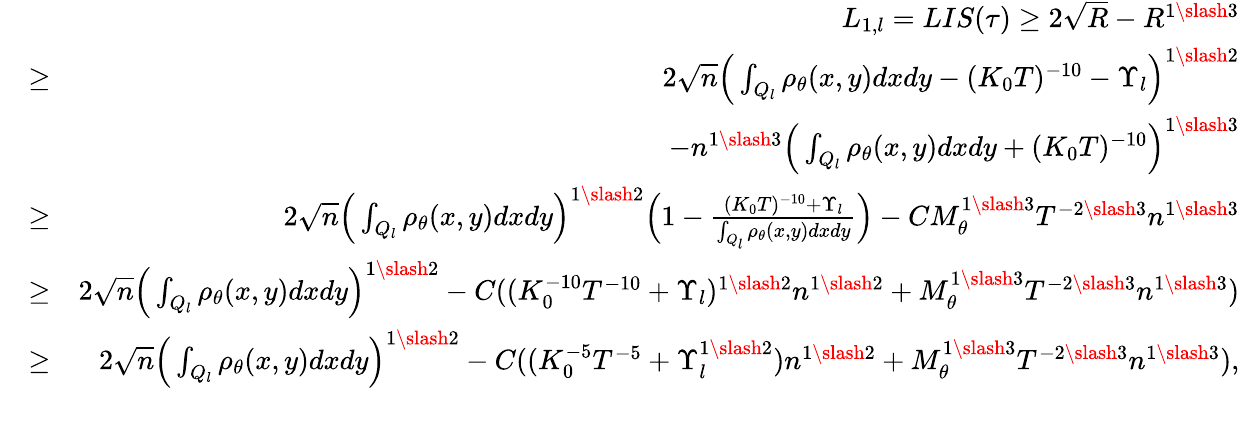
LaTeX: \begin{array}{rlr}&{}&{L_{1,l}=LIS(\tau)\geq 2\sqrt{R}-R^{1\slash 3}}\\ &{\geq}&{2\sqrt{n}\Big(\int_{Q_{l}}\rho_{\theta}(x,y)dxdy-(K_{0}T)^{-10}-\Upsilon_{l}\Big)^{1\slash 2}}\\ &{}&{-n^{1\slash 3}\Big(\int_{Q_{l}}\rho_{\theta}(x,y)dxdy+(K_{0}T)^{-10}\Big)^{1\slash 3}}\\ &{\geq}&{2\sqrt{n}\Big(\int_{Q_{l}}\rho_{\theta}(x,y)dxdy\Big)^{1\slash 2}\Big(1-\frac{(K_{0}T)^{-10}+\Upsilon_{l}}{\int_{Q_{l}}\rho_{\theta}(x,y)dxdy}\Big)-CM_{\theta}^{1\slash 3}T^{-2\slash 3}n^{1\slash 3}}\\ &{\geq}&{2\sqrt{n}\Big(\int_{Q_{l}}\rho_{\theta}(x,y)dxdy\Big)^{1\slash 2}-C((K_{0}^{-10}T^{-10}+\Upsilon_{l})^{1\slash 2}n^{1\slash 2}+M_{\theta}^{1\slash 3}T^{-2\slash 3}n^{1\slash 3})}\\ &{\geq}&{2\sqrt{n}\Big(\int_{Q_{l}}\rho_{\theta}(x,y)dxdy\Big)^{1\slash 2}-C((K_{0}^{-5}T^{-5}+\Upsilon_{l}^{1\slash 2})n^{1\slash 2}+M_{\theta}^{1\slash 3}T^{-2\slash 3}n^{1\slash 3}),}\\ &{}&\end{array}